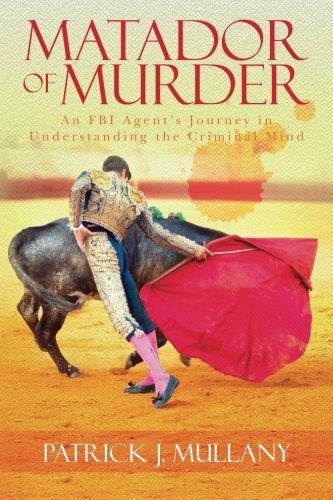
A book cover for Matador of Murder: An FBI Agent's Journey in Understanding the Criminal Mind; Patrick J. Mullany; Medical Books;